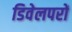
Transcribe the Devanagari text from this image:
डिवेलपरों